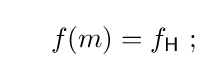
\quad \ f(m)=f_{\mathsf {H}}\ ;